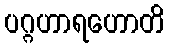
ပဂ္ဂဟာရဟောတိ